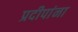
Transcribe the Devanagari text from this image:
प्रदीपांना